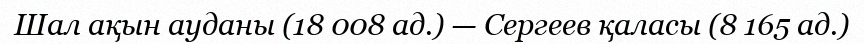
Шал ақын ауданы (18 008 ад.) — Сергеев қаласы (8 165 ад.)